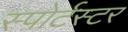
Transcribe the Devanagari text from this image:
स्पोर्टस्टर